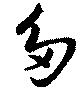
多